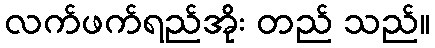
လက်ဖက်ရည်အိုး တည် သည်။